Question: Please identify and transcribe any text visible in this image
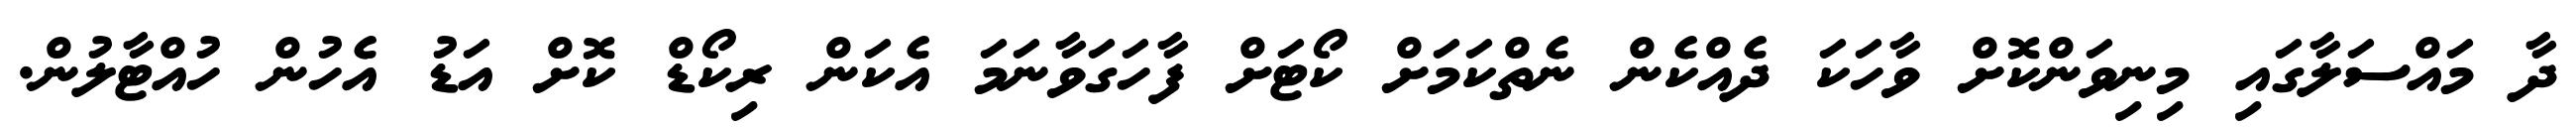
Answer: ދާ މައްސަލާގައި މިނިވަންކޮށް ވާހަކަ ދެއްކެން ނެތްކަމަށް ކޯޓަށް ފާހަގަވާނަމަ އެކަން ރިކޯޑް ކޮށް އަޑު އެހުން ހުއްޓާލުން.